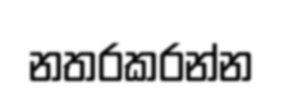
නතරකරන්න